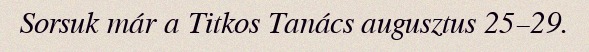
Sorsuk már a Titkos Tanács augusztus 25–29.